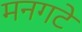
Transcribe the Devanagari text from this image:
मनगटे